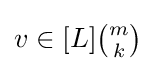
\textstyle v\in [L]{\binom {m}{k}}